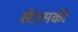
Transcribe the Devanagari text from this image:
सेउसकी